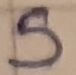
Text: S